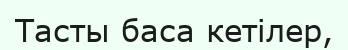
Тасты баса кетілер,